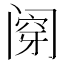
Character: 𰿶